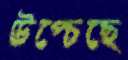
উপ্‌চেছে